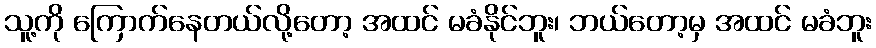
သူ့ကို ကြောက်နေတယ်လို့တော့ အထင် မခံနိုင်ဘူး၊ ဘယ်တော့မှ အထင် မခံဘူး